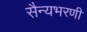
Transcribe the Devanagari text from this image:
सैन्यभरणी